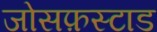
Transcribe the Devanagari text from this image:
जोसफ़स्टाड